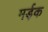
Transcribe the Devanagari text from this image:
मर्ड़क